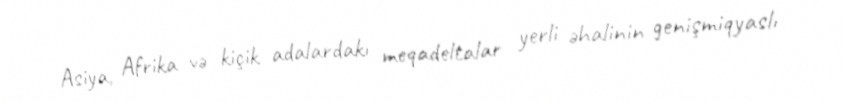
Asiya, Afrika və kiçik adalardakı meqadeltalar yerli əhalinin genişmiqyaslı